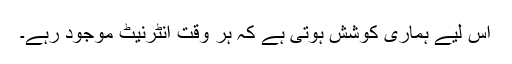
اس لیے ہماری کوشش ہوتی ہے کہ ہر وقت انٹرنیٹ موجود رہے۔